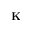
\mathbf { K }